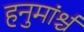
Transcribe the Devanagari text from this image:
हनुमांर्श्च